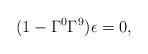
LaTeX: \begin{align*}(1 - \Gamma^0 \Gamma^9) \epsilon = 0, \end{align*}